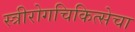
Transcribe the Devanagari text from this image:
स्त्रीरोगचिकित्सेचा